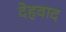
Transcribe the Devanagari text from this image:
देहवाद